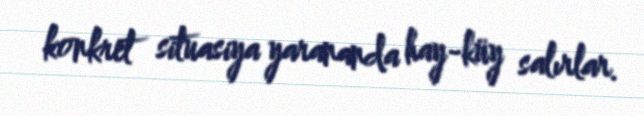
konkret situasiya yarananda hay-küy salırlar.